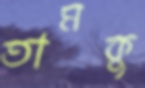
তামকু